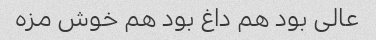
عالی بود هم داغ بود هم خوش مزه